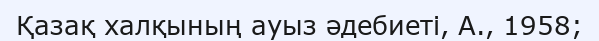
Қазақ халқының ауыз әдебиеті, А., 1958;